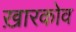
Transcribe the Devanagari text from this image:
ख़ारकोव